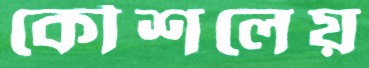
কৌশলেয়